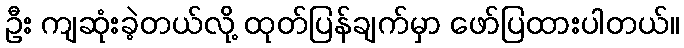
ဦး ကျဆုံးခဲ့တယ်လို့ ထုတ်ပြန်ချက်မှာ ဖော်ပြထားပါတယ်။